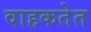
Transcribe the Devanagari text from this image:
वाहकतेत